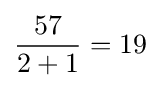
{57 \over 2+1}=19